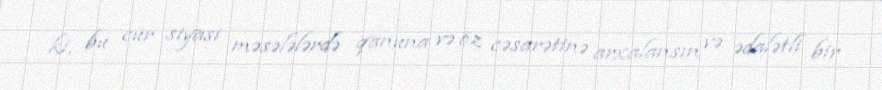
ki, bu cür siyasi məsələlərdə qanuna və öz cəsarətinə arxalansın və ədalətli bir